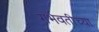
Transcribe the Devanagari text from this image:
गर्भवतीच्या